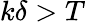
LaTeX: k\delta>T